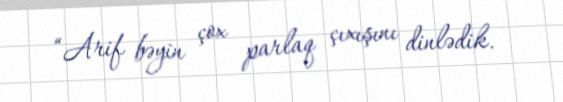
“Arif bəyin çox parlaq çıxışını dinlədik.